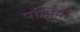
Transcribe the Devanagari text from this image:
पक्षियों